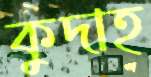
কুদাহ